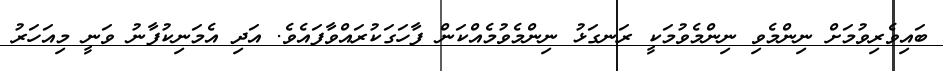
ބައިވެރިވުމަށް ނިންމެވި ނިންމެވުމަކީ ރަނގަޅު ނިންމެވުމެއްކަން ފާހަގަކުރައްވާފައެވެ. އަދި އެމަނިކުފާނު ވަނީ މިއަހަރު